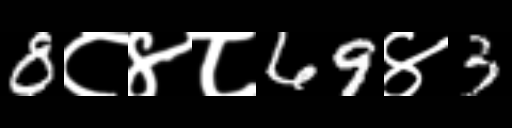
Text: 8८४८69४3